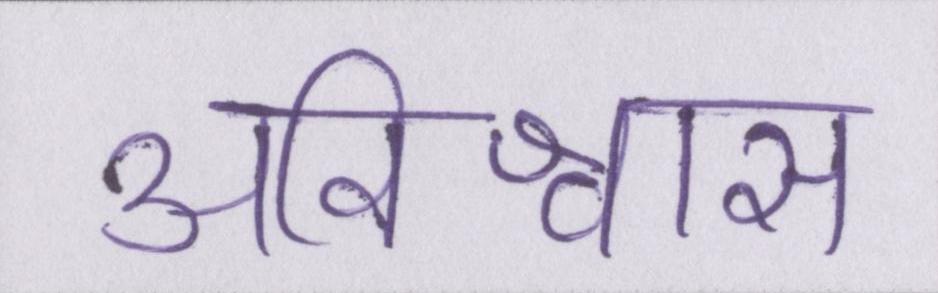
अविश्वास